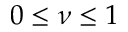
0 \leq \nu \leq 1